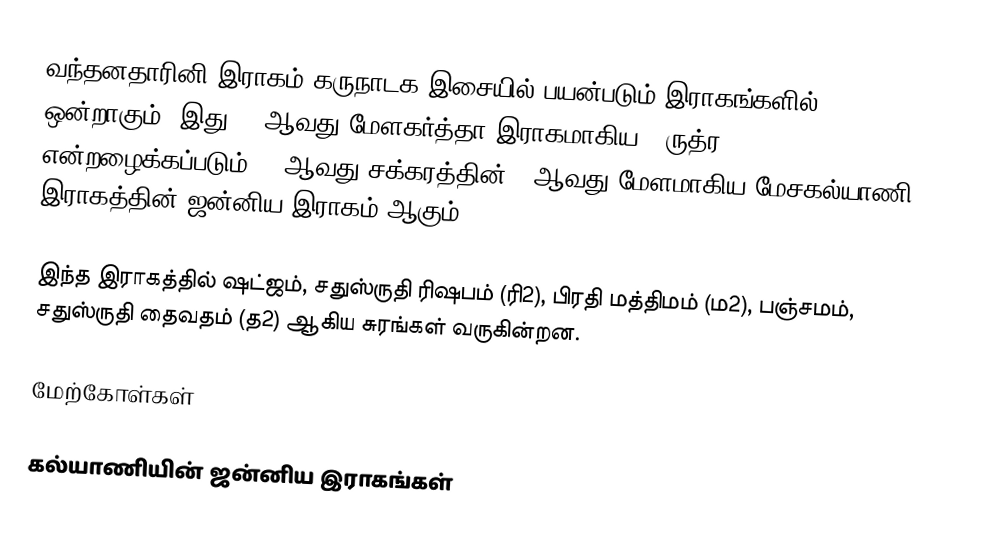
வந்தனதாரினி இராகம் கருநாடக இசையில் பயன்படும் இராகங்களில் ஒன்றாகும். இது 65 ஆவது மேளகர்த்தா இராகமாகிய, "ருத்ர" என்றழைக்கப்படும் 11 ஆவது சக்கரத்தின் 5 ஆவது மேளமாகிய மேசகல்யாணி இராகத்தின் ஜன்னிய இராகம் ஆகும்.

இந்த இராகத்தில் ஷட்ஜம், சதுஸ்ருதி ரிஷபம் (ரி2), பிரதி மத்திமம் (ம2), பஞ்சமம், சதுஸ்ருதி தைவதம் (த2) ஆகிய சுரங்கள் வருகின்றன.

மேற்கோள்கள்

கல்யாணியின் ஜன்னிய இராகங்கள்